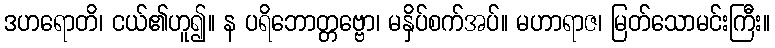
ဒဟရောတိ၊ ငယ်၏ဟူ၍။ န ပရိဘောတ္တဗ္ဗော၊ မနှိပ်စက်အပ်။ မဟာရာဇ၊ မြတ်သောမင်းကြီး။